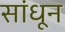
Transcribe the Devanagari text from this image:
सांधून